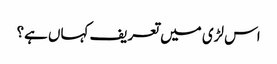
اس لڑی میں تعریف کہاں ہے؟